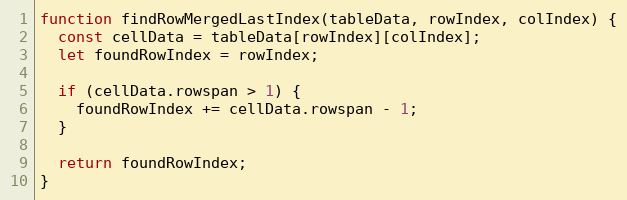
Language: JavaScript
function findRowMergedLastIndex(tableData, rowIndex, colIndex) {
  const cellData = tableData[rowIndex][colIndex];
  let foundRowIndex = rowIndex;

  if (cellData.rowspan > 1) {
    foundRowIndex += cellData.rowspan - 1;
  }

  return foundRowIndex;
}